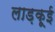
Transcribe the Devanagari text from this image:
लाड़कूई